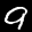
Label: 9